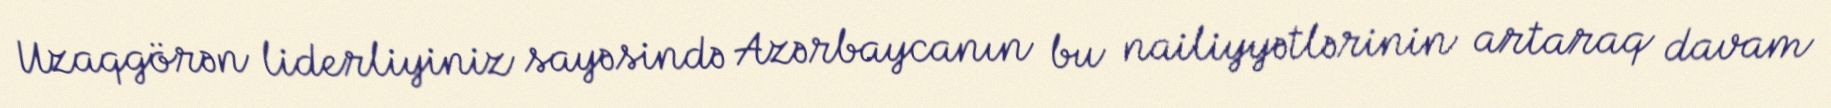
Uzaqgörən liderliyiniz sayəsində Azərbaycanın bu nailiyyətlərinin artaraq davam